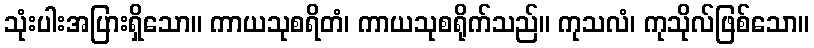
သုံးပါးအပြားရှိသော။ ကာယသုစရိတံ၊ ကာယသုစရိုက်သည်။ ကုသလံ၊ ကုသိုလ်ဖြစ်သော။